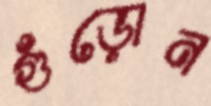
গুঁড়োন